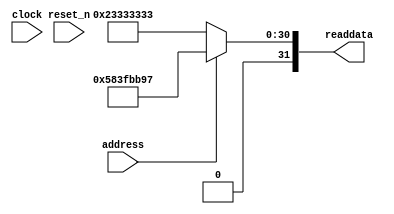
module TimeHoldOver_Qsys_sysid_qsys (
                address,
                clock,
                reset_n,
                readdata
             )
;
  output  [ 31: 0] readdata;
  input            address;
  input            clock;
  input            reset_n;
  wire    [ 31: 0] readdata;
  assign readdata = address ? 1480571799 : 590558003;
endmodule